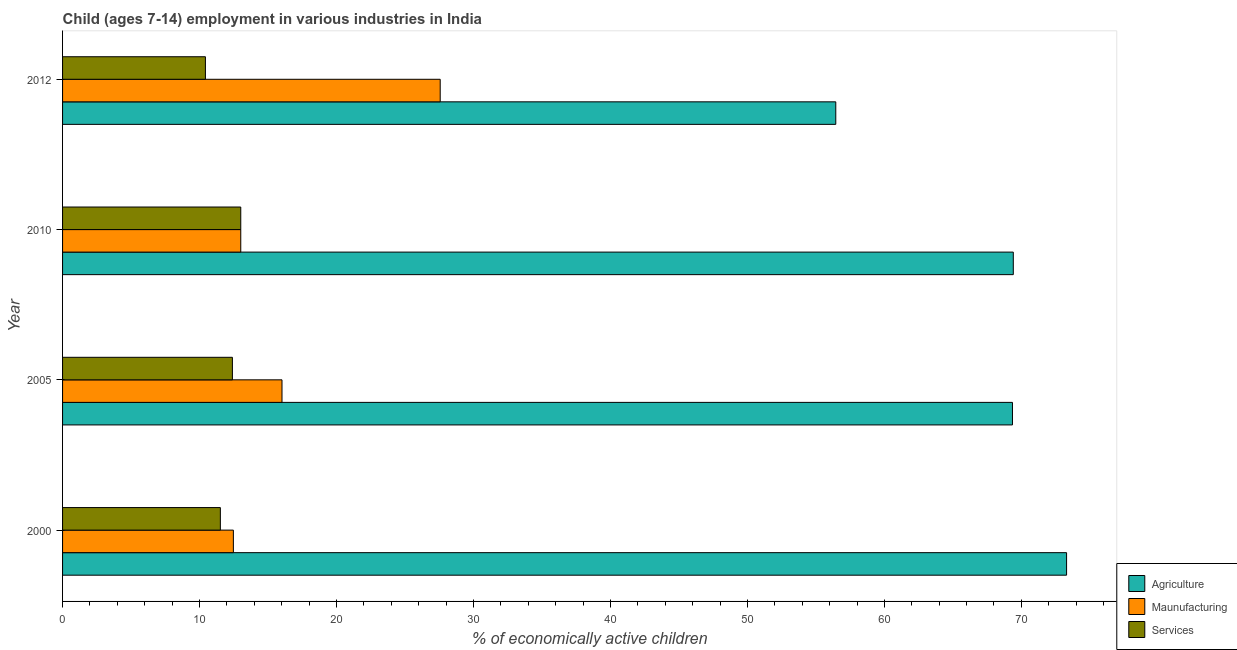
| Year | Agriculture | Maunufacturing | Services |
 | --- | --- | --- | --- |
 | 2000 | 73.3 | 12.5 | 11.5 |
 | 2005 | 69.3 | 16 | 12.4 |
 | 2010 | 69.4 | 13 | 13 |
 | 2012 | 56.5 | 27.6 | 10.4 |